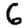
Digit: 6